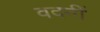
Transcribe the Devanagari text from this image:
वदनीं